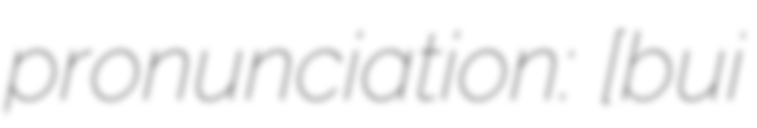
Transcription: pronunciation: [buˈi